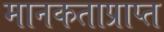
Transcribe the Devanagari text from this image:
मानकताप्राप्त